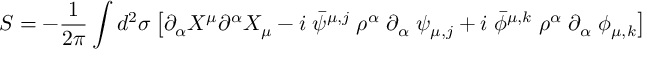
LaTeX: S = - \frac { 1 } { 2 \pi } \int d ^ { 2 } \sigma \left[ \partial _ { \alpha } X ^ { \mu } \partial ^ { \alpha } X _ { \mu } - i \; \bar { \psi } ^ { \mu , j } \; \rho ^ { \alpha } \; \partial _ { \alpha } \; \psi _ { \mu , j } + i \; \bar { \phi } ^ { \mu , k } \; \rho ^ { \alpha } \; \partial _ { \alpha } \; \phi _ { \mu , k } \right]